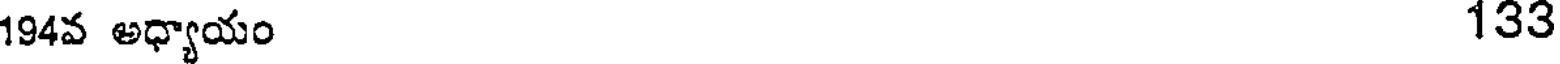
194వ అధ్యాయం 133